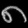
Digit: ၈